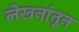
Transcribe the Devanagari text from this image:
लेखनांतून